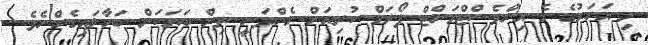
މި އަހަރުގެ ގެ އިންވެސްޓްމަންޓް ފޯރަމް ކުރިއަށް ގެންދަނީ ތިން ބަޔަކަށް ބަހާލައިގެންނެވެ.